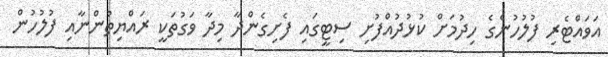
އަވައްޓެރި ފުލުހުންގެ ހިދުމަށް ކުޅުދުއްފުށި ސިޓީގައި ފެށިގެންދާ މިދާ ވަގުތަކީ ރައްޔިތުންނާއި ފުލުހުން